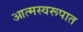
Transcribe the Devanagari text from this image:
आत्मस्वरूपात